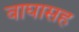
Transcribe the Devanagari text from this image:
वाघासह